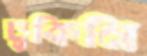
ঢুকিনি